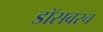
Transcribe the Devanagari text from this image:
डॉसवरच